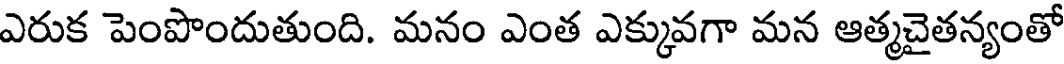
ఎరుక పెంపొందుతుంది. మనం ఎంత ఎక్కువగా మన ఆత్మచైతన్యంతో